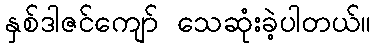
နှစ်ဒါဇင်ကျော် သေဆုံးခဲ့ပါတယ်။